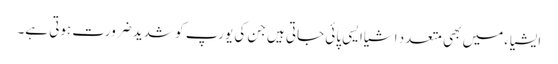
ایشیاء میں بھی متعدد اشیاایسی پائی جاتی ہیں جن کی یورپ کو شدید ضرورت ہوتی ہے۔